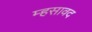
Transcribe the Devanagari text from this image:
म्हसावद